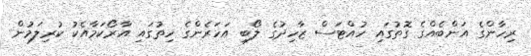
ރިހާންގެ އަންބެއްގެ ގޮތުގައި ހުއްޓަސް ޒާހިދުގެ ލޯބި އަހަރެންގެ ހިތުގައި އާރޯކަމާއެކު ކުރިލަމުން